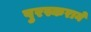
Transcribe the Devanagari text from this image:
पुरस्कराने